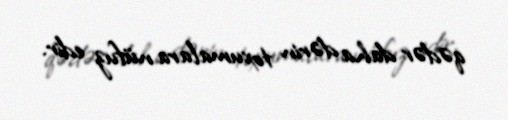
qədər daha dərin toxumalara nüfuz edir.